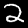
Digit: 2